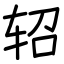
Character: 轺